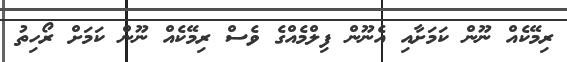
ރިމޭކެއް ނޫން ކަމަށާއި އެނޫން ފިލްމެއްގެ ވެސް ރިމޭކެއް ނޫން ކަމަށް ރޯހިތު